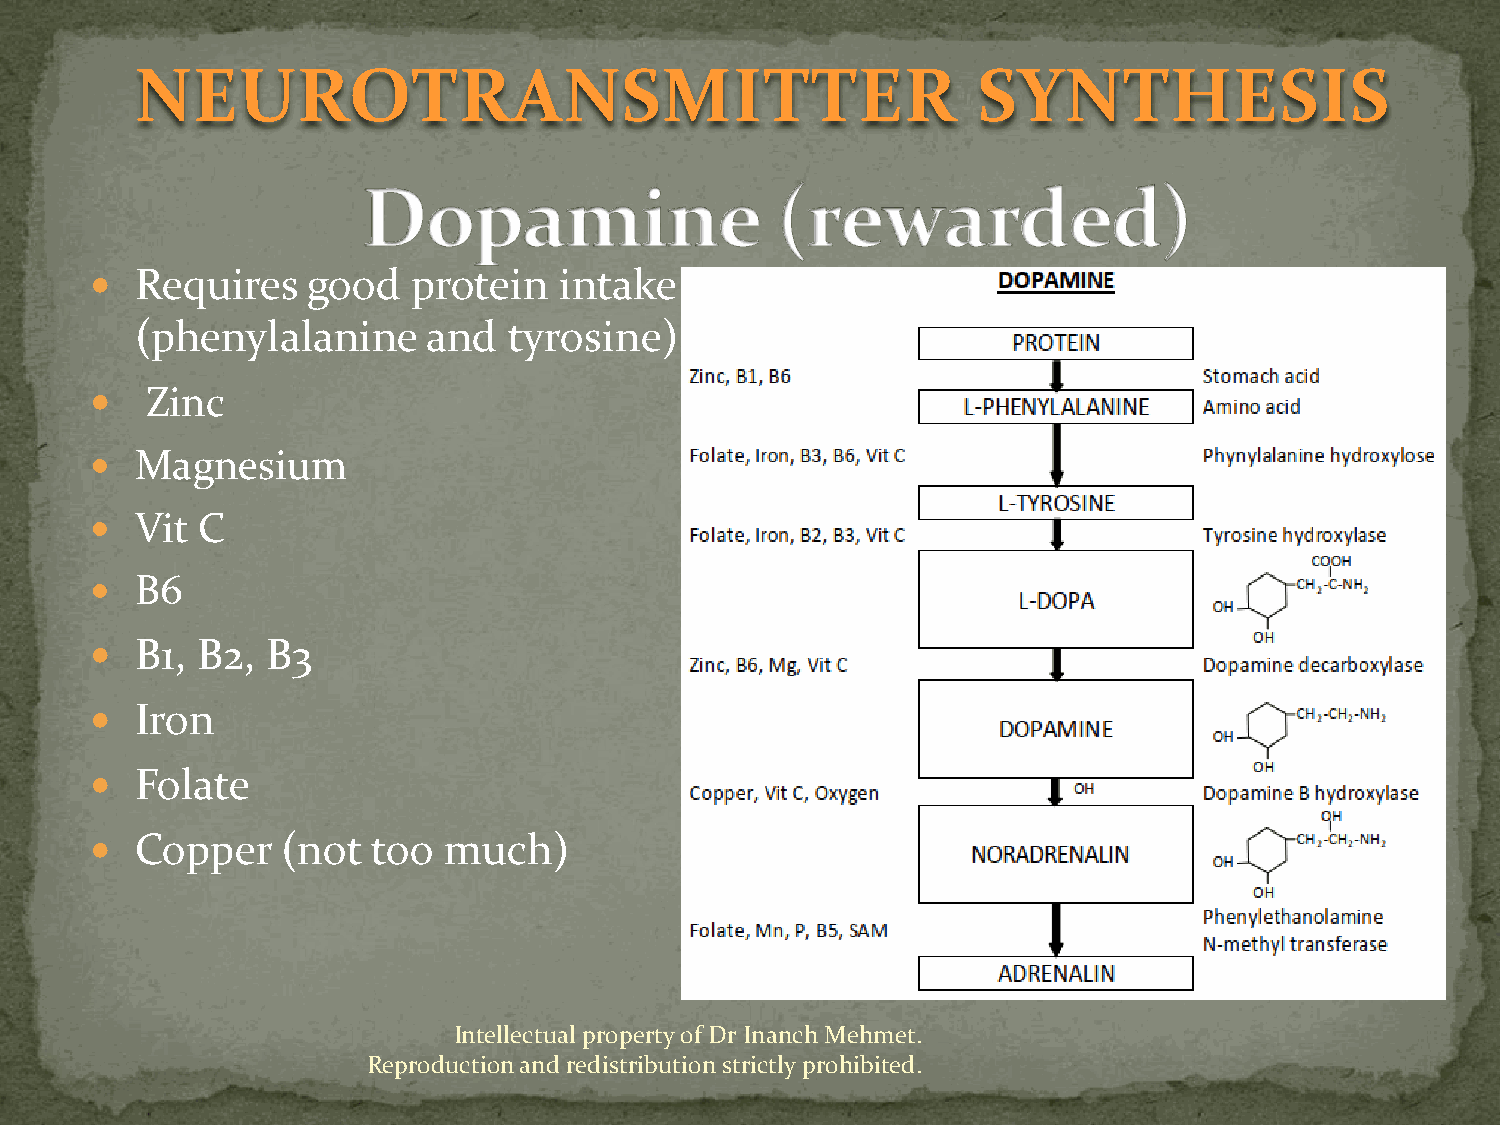
NEUROTRANSMITTER                                        SYNTHESIS
   Requires   good   protein   intake
 (phenylalanine     and   tyrosine)
    Zinc
   Magnesium
   Vit C
   B6
   B1, B2,  B3
   Iron
   Folate
   Copper    (not  too much)
 Intellectual property of Dr Inanch Mehmet.
 Reproduction and redistribution strictly prohibited.